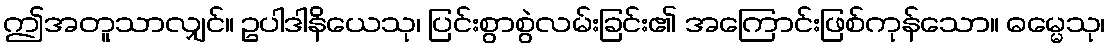
ဤအတူသာလျှင်။ ဥပါဒါနိယေသု၊ ပြင်းစွာစွဲလမ်းခြင်း၏ အကြောင်းဖြစ်ကုန်သော။ ဓမ္မေသု၊